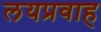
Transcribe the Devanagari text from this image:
लयप्रवाह